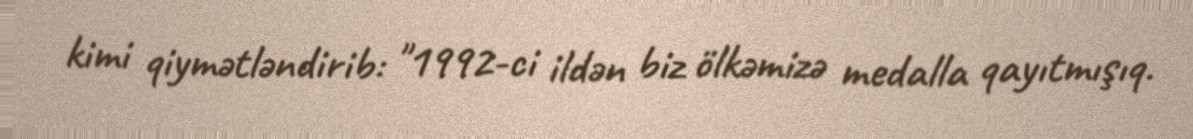
kimi qiymətləndirib: "1992-ci ildən biz ölkəmizə medalla qayıtmışıq.